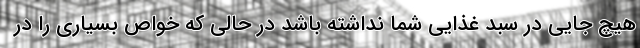
هیچ جایی در سبد غذایی شما نداشته باشد در حالی که خواص بسیاری را در